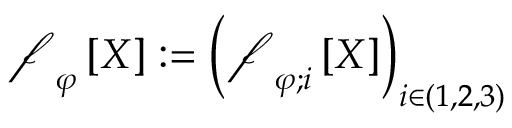
\boldsymbol { \mathscr { f } } _ { \varphi } \left[ X \right] : = \left( \boldsymbol { \mathscr { f } } _ { \varphi ; i } \left[ X \right] \right) _ { i \in ( 1 , 2 , 3 ) }